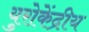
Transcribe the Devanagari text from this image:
युरोकेंद्रीय